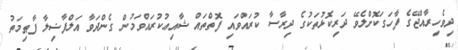
ދިވެހިރާއްޖޭގެ ފާހަގަކޮށްލެވޭ ދަރިކޮޅުތަކުގެ ދިރާސާ ކުރައްވައި ފޮތްތައް ޝާއިޢުކުރައްވަމުން ގެންދަވާ އަލްފާޟިލާ ފާޠިމަތު